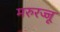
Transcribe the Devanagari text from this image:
मरुरज्जू